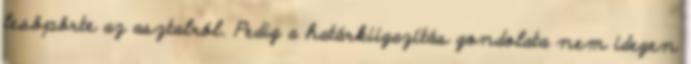
lesöpörte az asztalról. Pedig a határkiigazítás gondolata nem idegen